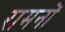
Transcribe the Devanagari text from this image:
रामनों